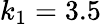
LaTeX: k_{1}=3.5